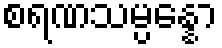
စရဏသမ္ပန္နော